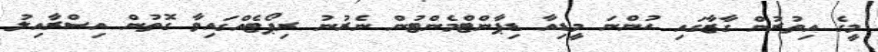
މީގެ އިތުރުން ގާޒާގައި ހުންނަ މީޑިއާ ޑިޕާންޓްމެންޓުން ނެރުނު ރިޕޯޓެއްގައިވާ ގޮތުން އިސްރާއިލު